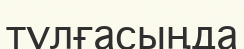
тұлғасыңда